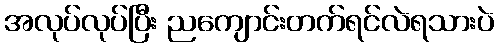
အလုပ်လုပ်ပြီး ညကျောင်းတက်ရင်လဲရသားပဲ